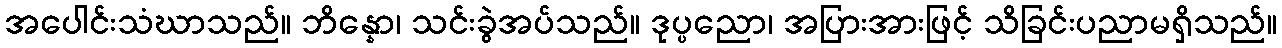
အပေါင်းသံဃာသည်။ ဘိန္နော၊ သင်းခွဲအပ်သည်။ ဒုပ္ပညော၊ အပြားအားဖြင့် သိခြင်းပညာမရှိသည်။